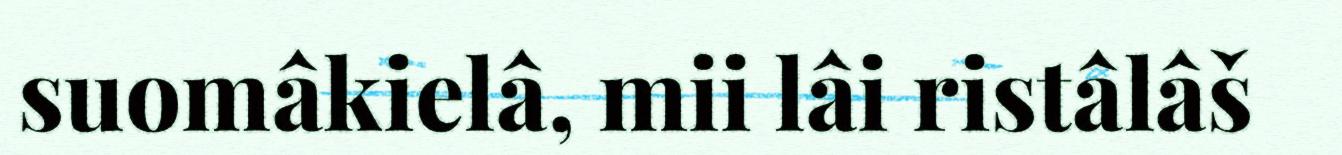
suomâkielâ, mii lâi ristâlâš